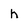
Character: h